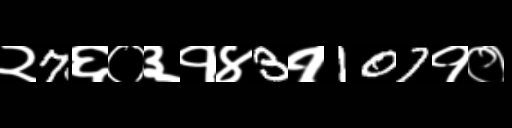
Text: २7६०३१४3१107१०